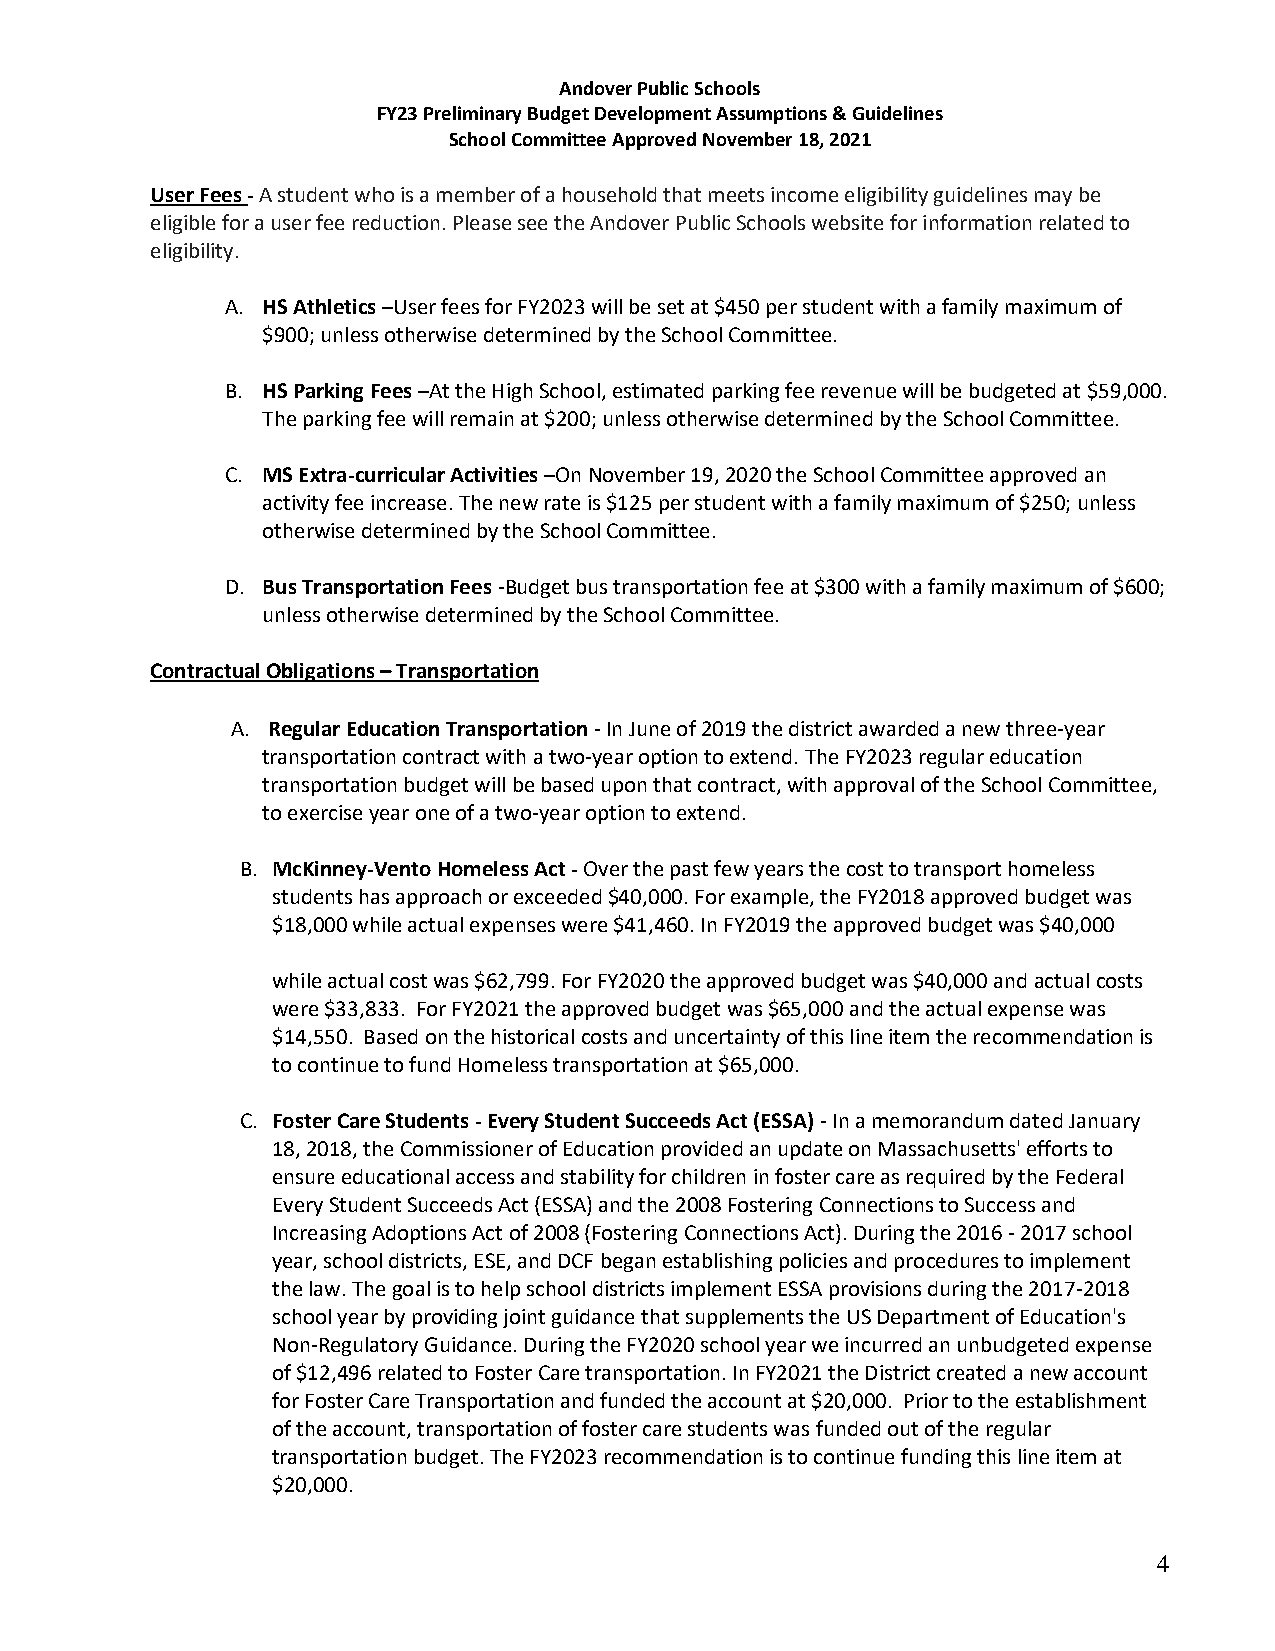
Andover Public Schools
 FY23 Preliminary Budget Development Assumptions & Guidelines
 School Committee Approved November 18, 2021
 User Fees - A student who is a member of a household that meets income eligibility guidelines may be
 eligible for a user fee reduction. Please see the Andover Public Schools website for information related to
 eligibility.
 A. HS Athletics –User fees for FY2023 will be set at $450 per student with a family maximum of
 $900; unless otherwise determined by the School Committee.
 B. HS Parking Fees –At the High School, estimated parking fee revenue will be budgeted at $59,000.
 The parking fee will remain at $200; unless otherwise determined by the School Committee.
 C. MS Extra-curricular Activities –On November 19, 2020 the School Committee approved an
 activity fee increase. The new rate is $125 per student with a family maximum of $250; unless
 otherwise determined by the School Committee.
 D. Bus Transportation Fees -Budget bus transportation fee at $300 with a family maximum of $600;
 unless otherwise determined by the School Committee.
 Contractual Obligations – Transportation
 A. Regular Education Transportation - In June of 2019 the district awarded a new three-year
 transportation contract with a two-year option to extend. The FY2023 regular education
 transportation budget will be based upon that contract, with approval of the School Committee,
 to exercise year one of a two-year option to extend.
 B. McKinney-Vento Homeless Act - Over the past few years the cost to transport homeless
 students has approach or exceeded $40,000. For example, the FY2018 approved budget was
 $18,000 while actual expenses were $41,460. In FY2019 the approved budget was $40,000
 while actual cost was $62,799. For FY2020 the approved budget was $40,000 and actual costs
 were $33,833. For FY2021 the approved budget was $65,000 and the actual expense was
 $14,550. Based on the historical costs and uncertainty of this line item the recommendation is
 to continue to fund Homeless transportation at $65,000.
 C. Foster Care Students - Every Student Succeeds Act (ESSA) - In a memorandum dated January
 18, 2018, the Commissioner of Education provided an update on Massachusetts' efforts to
 ensure educational access and stability for children in foster care as required by the Federal
 Every Student Succeeds Act (ESSA) and the 2008 Fostering Connections to Success and
 Increasing Adoptions Act of 2008 (Fostering Connections Act). During the 2016 - 2017 school
 year, school districts, ESE, and DCF began establishing policies and procedures to implement
 the law. The goal is to help school districts implement ESSA provisions during the 2017-2018
 school year by providing joint guidance that supplements the US Department of Education's
 Non-Regulatory Guidance. During the FY2020 school year we incurred an unbudgeted expense
 of $12,496 related to Foster Care transportation. In FY2021 the District created a new account
 for Foster Care Transportation and funded the account at $20,000. Prior to the establishment
 of the account, transportation of foster care students was funded out of the regular
 transportation budget. The FY2023 recommendation is to continue funding this line item at
 $20,000.
 4